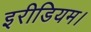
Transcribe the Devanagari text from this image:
इरीडियम।